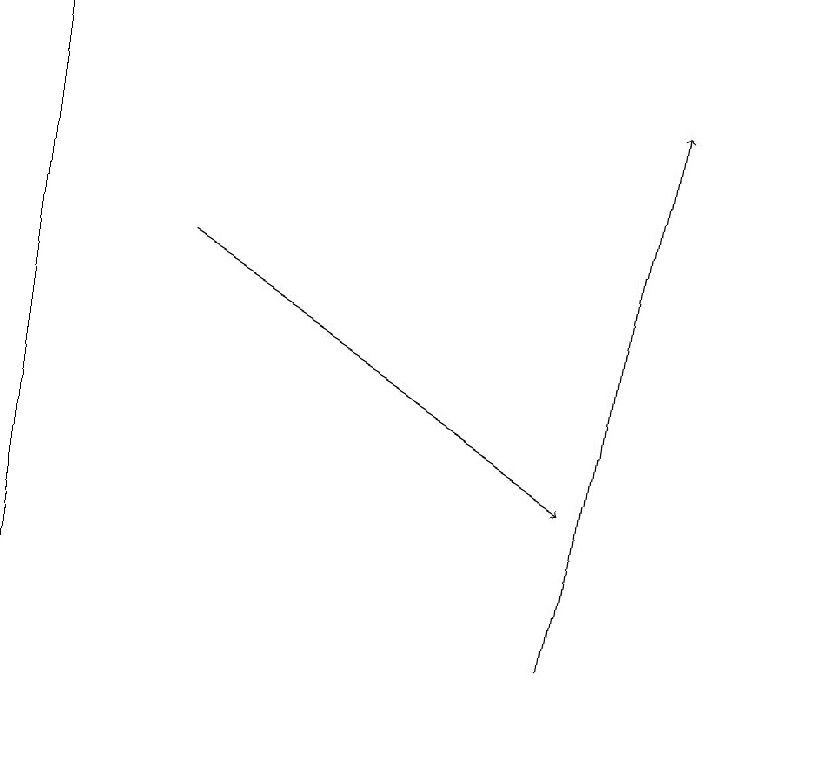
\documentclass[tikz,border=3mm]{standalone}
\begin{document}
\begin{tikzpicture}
\draw[->] (8,11) -- (9,18);
\draw (11,11) circle (0);
\draw (1,10) rectangle (1,19);
\draw[->] (3,16) -- (8,13);
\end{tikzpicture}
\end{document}